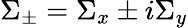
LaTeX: \Sigma_{\pm}=\Sigma_{x}\pm i\Sigma_{y}